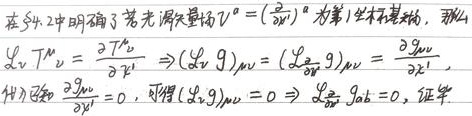
在§4.2中明确了若光滑矢量场$V^{a}=(\frac{\partial}{\partial x^{1}})^{a}$为第$1$坐标基矢场，那么$\mathcal{L}_{V}T^{\mu}_{\nu}=\frac{\partial T^{\mu}_{\nu}}{\partial x^{1}}\Rightarrow (\mathcal{L}_{V}g)_{\mu\nu}=(\mathcal{L}_{\frac{\partial}{\partial x^{1}}}g)_{\mu\nu}=\frac{\partial g_{\mu\nu}}{\partial x^{1}}$。此外若$\frac{\partial g_{\mu\nu}}{\partial x^{1}} = 0$，可得$(\mathcal{L}_{V}g)_{\mu\nu}=0\Rightarrow\mathcal{L}_{\frac{\partial}{\partial x^{1}}}g_{\mu\nu}=0$，证毕。